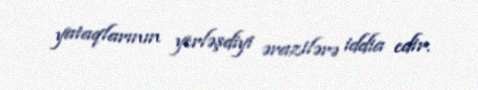
yataqlarının yerləşdiyi ərazilərə iddia edir.